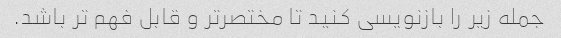
جمله زیر را بازنویسی کنید تا مختصرتر و قابل فهم تر باشد.